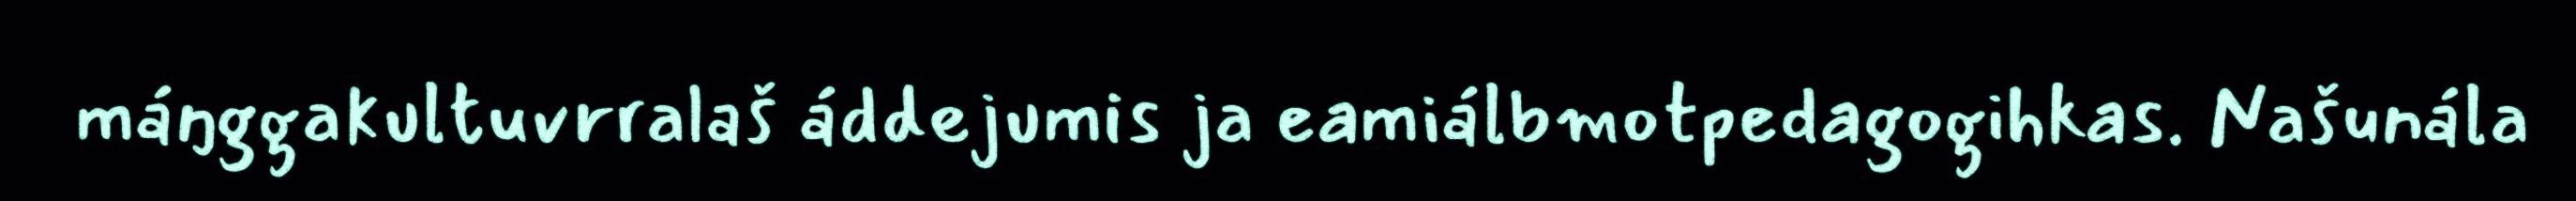
máŋggakultuvrralaš áddejumis ja eamiálbmotpedagogihkas. Našunála